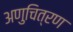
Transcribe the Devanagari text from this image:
अणुचित्रण